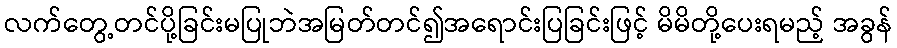
လက်တွေ့တင်ပို့ခြင်းမပြုဘဲအမြတ်တင်၍အရောင်းပြခြင်းဖြင့် မိမိတို့ပေးရမည့် အခွန်